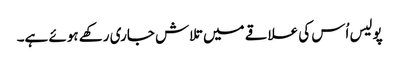
پولیس اُس کی علاقے میں تلاش جاری رکھے ہوئے ہے۔